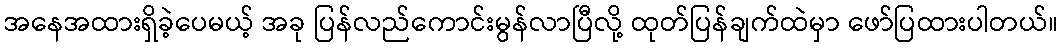
အနေအထားရှိခဲ့ပေမယ့် အခု ပြန်လည်ကောင်းမွန်လာပြီလို့ ထုတ်ပြန်ချက်ထဲမှာ ဖော်ပြထားပါတယ်။